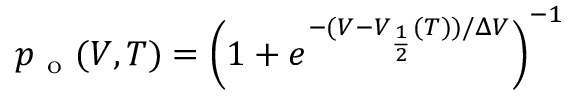
p _ { \mathrm { ~ o ~ } } ( V , T ) = \left( 1 + e ^ { - ( V - V _ { \frac { 1 } { 2 } } ( T ) ) / \Delta V } \right) ^ { - 1 }